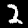
Label: 2